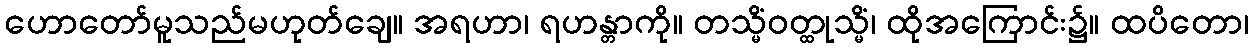
ဟောတော်မူသည်မဟုတ်ချေ။ အရဟာ၊ ရဟန္တာကို။ တသ္မိံဝတ္ထုသ္မိံ၊ ထိုအကြောင်း၌။ ထပိတော၊